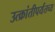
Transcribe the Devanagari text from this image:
उत्क्रांतीपर्यंतच्य